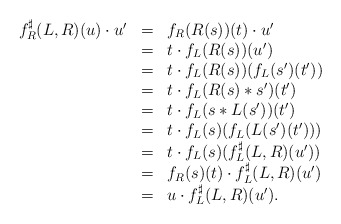
\begin{align*}\begin{array}{lll}f^\sharp_R(L,R)(u)\cdot u'&=&f_R(R(s))(t)\cdot u'\\&=&t\cdot f_L(R(s))(u')\\&=&t\cdot f_L(R(s))(f_L(s')(t'))\\&=&t\cdot f_L(R(s)*s')(t')\\&=&t\cdot f_L(s*L(s'))(t')\\&=&t\cdot f_L(s)(f_L(L(s')(t')))\\&=&t\cdot f_L(s)(f^\sharp_L(L,R)(u'))\\&=&f_R(s)(t)\cdot f^\sharp_L(L,R)(u')\\&=&u\cdot f^\sharp_L(L,R)(u').\end{array}\end{align*}